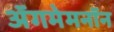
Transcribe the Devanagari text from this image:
अॅगमेमनॉन